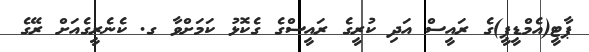
ޕާޓީ(އެމްޑީޕީ)ގެ ރައީސް އަދި ކުރީގެ ރައީސްގެ ގެކޮޅު ކަމަށްވާ ގ. ކެނެރީގެއަށް ރޭގެ